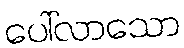
ပေါ်လာသော